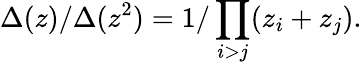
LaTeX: \Delta(z)/\Delta(z^{2})=1/\prod_{i>j}(z_{i}+z_{j}).